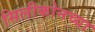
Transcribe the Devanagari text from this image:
सिलीकोनच्या